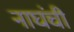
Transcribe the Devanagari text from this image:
नाघंची